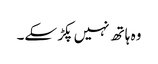
وہ ہاتھ نہیں پکڑ سکے۔